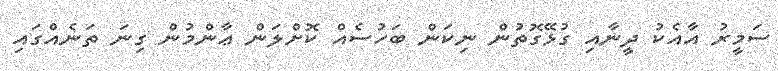
ސަމީރު އާއެކު ދީނާއި ގުޅޭގޮތުން ނިކަން ބަހުސެއް ކޮށްލަން ޢާންމުން ގިނަ ތަނެއްގައި